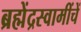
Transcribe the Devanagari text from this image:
ब्रह्मेंद्रस्वामींचें